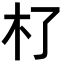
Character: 𣎸